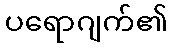
ပရောဂျက်၏